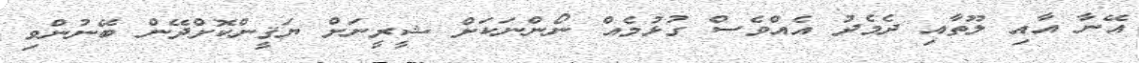
އޭނާ އާއި ލޫތާއި ދެމެދު އެއްވެސް ގުޅުމެއް ނޯންނަކަށް ޝީރީނަށް ޔަޤީންކޮށްދޭން ބޭނުންވި